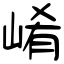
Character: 崤